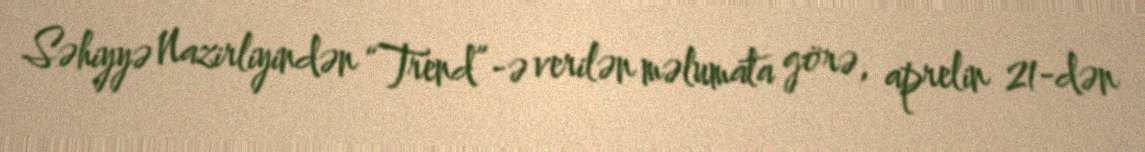
Səhiyyə Nazirliyindən “Trend”-ə verilən məlumata görə, aprelin 21-dən